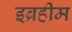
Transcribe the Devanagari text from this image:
इब्रहीम